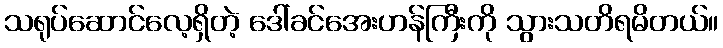
သရုပ်ဆောင်လေ့ရှိတဲ့ ဒေါ်ခင်အေးဟန်ကြီးကို သွားသတိရမိတယ်။